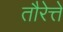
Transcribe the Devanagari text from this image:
तौरेत्ते